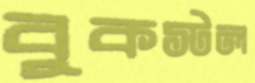
বুকস্টল